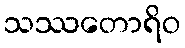
သဿတောရိဝ